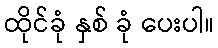
ထိုင်ခုံ နှစ် ခုံ ပေးပါ။